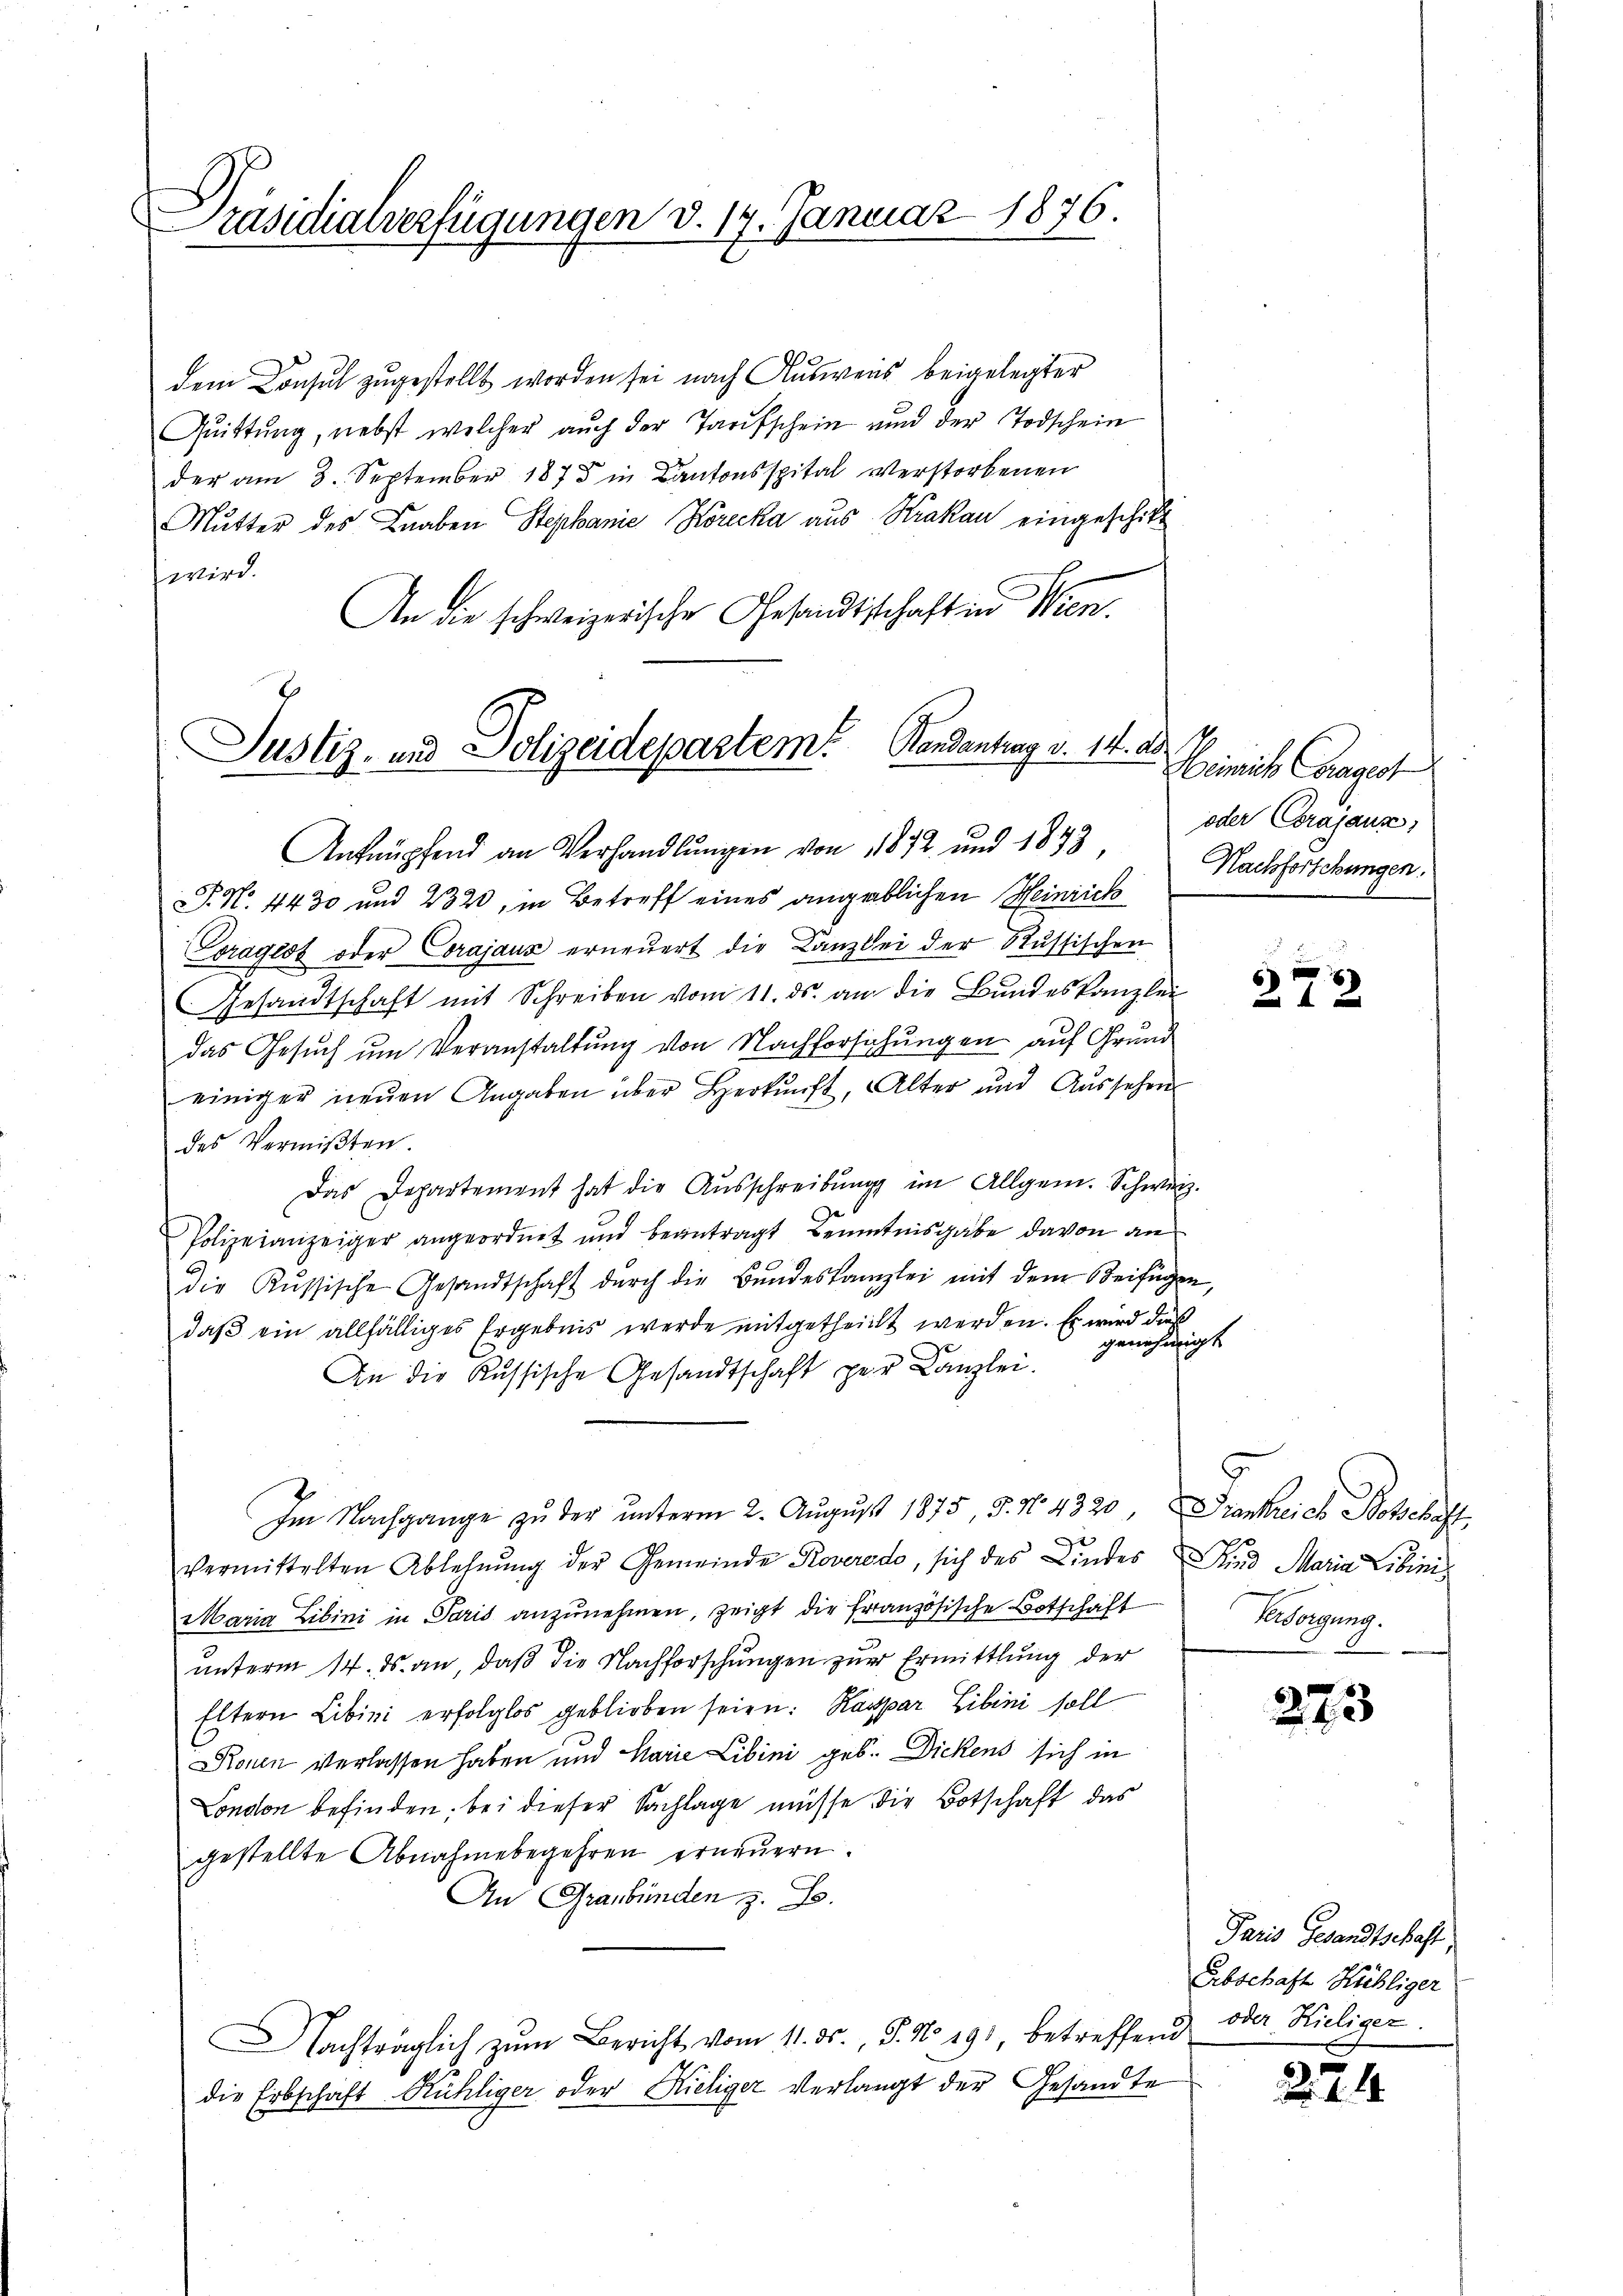
Präsidialverfügungen d. 14. Januar 1876.

dem Consul zugestellt worden sei nach Ausweis beigelegter
Quittung, nebst welcher auch der Tarifschein und der Todschein
der am 8. September 1875 in Cantonsspital verstorbenen
Mutter des Knaben Stephanie Korecka aus Krakau eingeschikt
wird.
An die schweizerische Gesandtschaft in Wien.

Justiz- und Polizeidepartem Randantrag v. 14. ad 10
Anknüpfend an Verhandlungen von 1872 und 1873,

P. Nr. 4430 und 2320, in Betreff eines angeblichen Heinrich
Tragest oder Corajaus erneŭert die Canzlei der Russischen
GGesandtschaft mit Schreiben vom 11. ds. an die Bundeskanzlei
das Gesuch um Veranstaltung von Nachforschungen auf Grund
einiger neŭen Angaben über Herkunft, Alter und Aussehen
des Vermißten.
Das Departement hat die Ausschreibung im Allgem. Schweiz.
Polizeianzeiger angeordnet und beantragt Kenntnisgabe davon an
die Russische Gesandtschaft dŭrch die Bŭndeskanzlei mit dem Beifügen,
daβ ein allfälliges Ergebnis werde mitgetheilt werden. Es wird dieß
genehmigt.
An die Russische Gesandtschaft per Kanzlei.
Im Nachgange zŭ der ŭnterm 2. Aŭgŭst 1875, 5. No. 4320 Frankreich Botschaft,
vermittelten Ablehnŭng der Gemeinde Roveredo, sich des Kindes Kind Maria Libinis
Maria Libini in Paris anzunehmen, zeigt die französische Botschaft
unterm 14. ds. an, daß die Nachforschungen zur Ermittlung der
Eltern Libini erfolglos geblieben seien: Kaspar Libini soll
Rouen verlassen haben und Marie Libini geb. Dickens sich in
London befinden; bei dieser Sachlage müsse die Botschaft das
gestellte Abnahmebegehren erneuern.
An Graubünden z. B.
Nachträglich zŭm Bericht vom 11. ds., S. No. 19, betreffend
die Erbschaft Rühliger oder Kieliger Verlangt der Gesandte

Heinrich Caragest
oder Corajause,
Nachforschungen.

e
212

Worgung.

273

Paris Gesandtschaft
Abschaft Hühliger
oder Hieliger
274